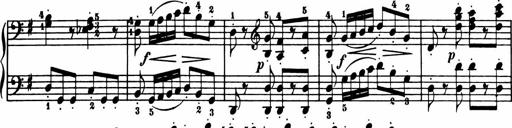
Title: Sonatina in G major
Composer: Friedrich Kuhlau
Key: G major